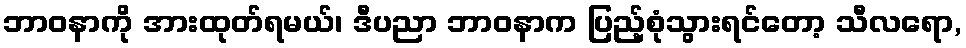
ဘာဝနာကို အားထုတ်ရမယ်၊ ဒီပညာ ဘာဝနာက ပြည့်စုံသွားရင်တော့ သီလရော,